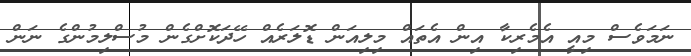
ނަމަވެސް މިއީ އެމެރިކާ އިން އެތައް މިލިއަން ޑޮލަރެއް ހޭދަކޮށްގެން މުސްލިމުންގެ ނަން